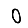
Digit: 0